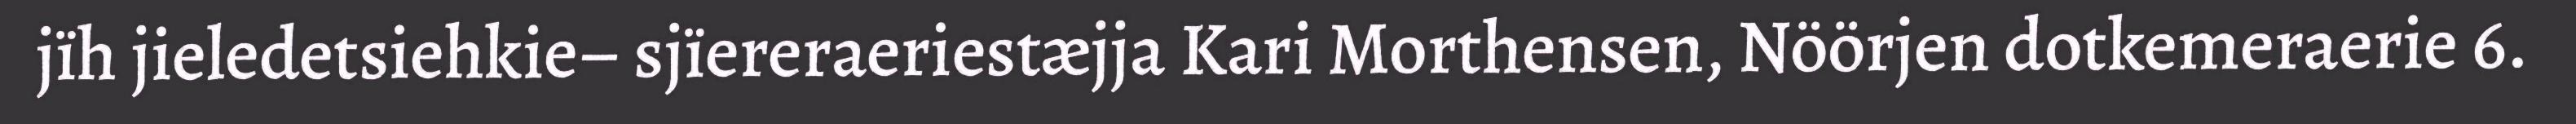
jïh jieledetsiehkie– sjïereraeriestæjja Kari Morthensen, Nöörjen dotkemeraerie 6.